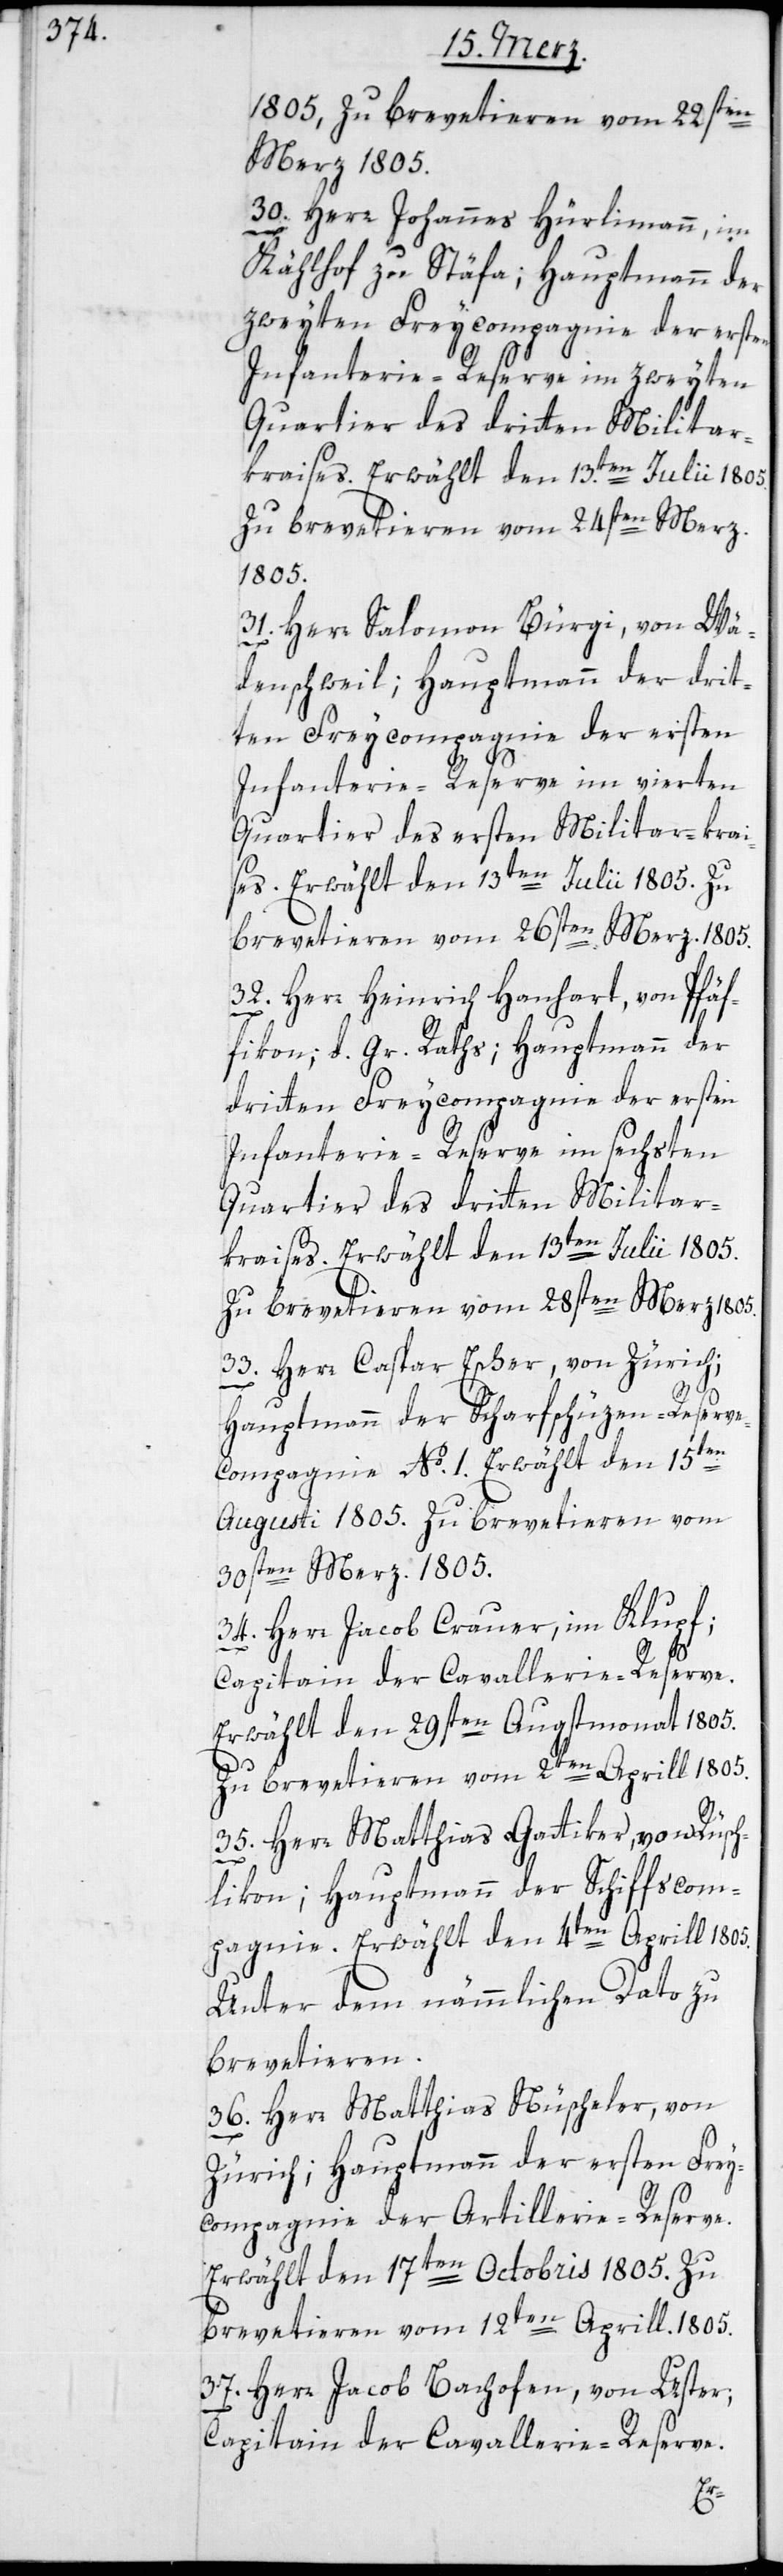
1805, zu brevetieren vom 22sten
Merz 1805.
30. Herr Johannes Hürlimann, im
en
Kählhof zu Stäfa; Hauptmann der
zweyten Freycompagnie der erst¬
Infanterie-Reserve im zweyten
Quartier des dritten Milita¬
r-kraises. Erwählt den 13ten Julii 1805.
Zu brevetieren vom 24sten Merz
1805.
31. Herr Salomon Bürgi, von Wä¬
denschweil; Hauptmann der drit¬
ten Freycompagnie der ersten
Infanterie-Reserve im vierten
Quartier des ersten Militair-krai¬
ses. Erwählt den 13ten Julii 1805. Zu
brevetieren vom 26sten Merz. 1805.
32. Herr Heinrich Hanhart, von Pfäf¬
fikon, d. Gr. Raths; Hauptmann der
dritten Freycompagnie der ersten
Infanterie-Reserve im sechsten
Zu brevetieren vom 28sten Merz 1805.
33. Herr Caspar Escher, von Zürich;
Hauptmann der Scharfschüzen-Reserv¬
e-Compagnie No. 1. Erwählt den 15ten
Augusti 1805. Zu brevetieren vom
30sten Merz 1805.
34. Herr Jacob Crauer, im Klupf;
Capitain der Cavallerie-Reserve.
Erwählt den 29sten Augstmonat 1805.
Zu brevetieren vom 2ten April 1805.
35. Herr Matthias Gattiker, von Rüsch¬
likon; Hauptmann der Schiffscom¬
pagnie. Erwählt den 4ten Aprill 1805.
Unter dem nämmlichen Dato zu
brevetieren.
36. Herr Matthias Nüscheler, von
Zürich; Hauptmann der ersten Frey¬
compagnie der Artillerie-Reserve.
Erwählt den 17ten Octobris 1805. Zu
brevetieren vom 12ten Aprill 1805.
37. Herr Jacob Bachofen, von Uster;
Capitain der Cavallerie-Reserve.